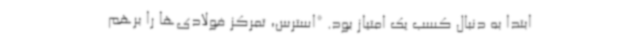
ابتدا به دنبال کسب یک امتیاز بود. *استرس، تمرکز فولادی‌ها را برهم